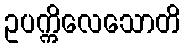
ဥပက္ကိလေသောတိ